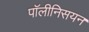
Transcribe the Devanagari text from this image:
पॉलीनिसयन